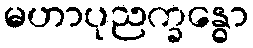
မဟာပုညက္ခန္ဓော